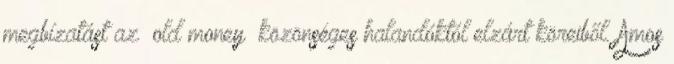
megbízatást az „old money” közönséges halandóktól elzárt köreiből. Amos